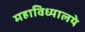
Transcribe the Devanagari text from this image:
महाविध्यालये